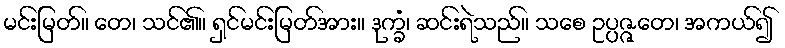
မင်းမြတ်။ တေ၊ သင်၏။ ရှင်မင်းမြတ်အား။ ဒုက္ခံ၊ ဆင်းရဲသည်။ သစေ ဥပ္ပဇ္ဇတေ၊ အကယ်၍